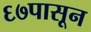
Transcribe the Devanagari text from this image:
६७पासून